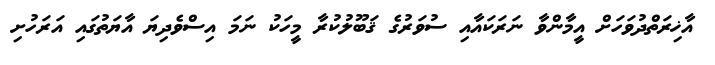
އާޚިރަތްދުވަހަށް އީމާންވާ ނަރަކައާއި ސުވަރުގެ ޤަބޫލުކުރާ މީހަކު ނަމަ އިސްވެދިޔަ އާޔަތުގައި އަރަހުށި